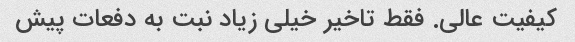
کیفیت عالی. فقط تاخیر خیلی زیاد نبت به دفعات پیش